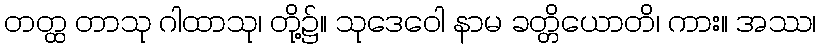
တတ္ထ တာသု ဂါထာသု၊ တို့၌။ သုဒေဝေါ နာမ ခတ္တိယောတိ၊ ကား။ အဿ၊